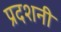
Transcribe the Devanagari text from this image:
प्रदशनी